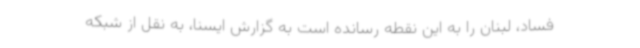
فساد، لبنان را به این نقطه رسانده است به گزارش ایسنا، به نقل از شبکه